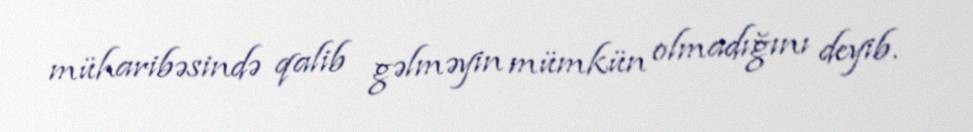
müharibəsində qalib gəlməyin mümkün olmadığını deyib.